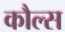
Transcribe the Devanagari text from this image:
कौल्स